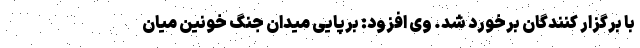
با برگزار کنندگان برخورد شد. وی افزود: برپایی میدان جنگ خونین میان